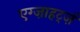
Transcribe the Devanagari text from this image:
एग्ज़ाहर्ट्ज़